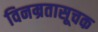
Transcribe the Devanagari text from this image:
विनम्रतासूचक